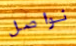
نواصل